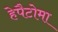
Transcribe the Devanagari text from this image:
हेपैटोमा